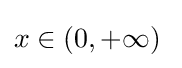
x\in (0,+\infty )\;